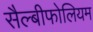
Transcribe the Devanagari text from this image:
सैल्बीफोलियम